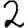
Digit: 2